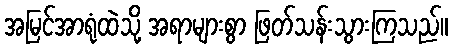
အမြင်အာရုံထဲသို့ အရာများစွာ ဖြတ်သန်းသွားကြသည်။